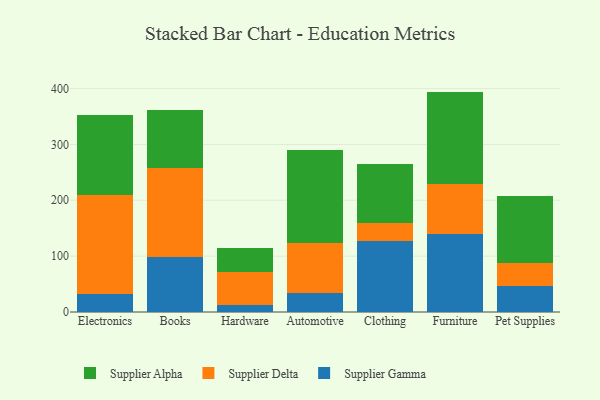
{"axis": {"x": "Category", "y": "Net Income (USD K)"}, "legend": ["Supplier Alpha", "Supplier Delta", "Supplier Gamma"], "data": [{"x": "Electronics", "y": 31.4, "type": "Supplier Gamma"}, {"x": "Electronics", "y": 178.0, "type": "Supplier Delta"}, {"x": "Electronics", "y": 142.6, "type": "Supplier Alpha"}, {"x": "Books", "y": 97.6, "type": "Supplier Gamma"}, {"x": "Books", "y": 159.7, "type": "Supplier Delta"}, {"x": "Books", "y": 104.3, "type": "Supplier Alpha"}, {"x": "Hardware", "y": 12.2, "type": "Supplier Gamma"}, {"x": "Hardware", "y": 58.6, "type": "Supplier Delta"}, {"x": "Hardware", "y": 43.6, "type": "Supplier Alpha"}, {"x": "Automotive", "y": 34.1, "type": "Supplier Gamma"}, {"x": "Automotive", "y": 88.9, "type": "Supplier Delta"}, {"x": "Automotive", "y": 167.1, "type": "Supplier Alpha"}, {"x": "Clothing", "y": 127.7, "type": "Supplier Gamma"}, {"x": "Clothing", "y": 30.8, "type": "Supplier Delta"}, {"x": "Clothing", "y": 105.7, "type": "Supplier Alpha"}, {"x": "Furniture", "y": 139.7, "type": "Supplier Gamma"}, {"x": "Furniture", "y": 90.1, "type": "Supplier Delta"}, {"x": "Furniture", "y": 164.8, "type": "Supplier Alpha"}, {"x": "Pet Supplies", "y": 46.5, "type": "Supplier Gamma"}, {"x": "Pet Supplies", "y": 40.9, "type": "Supplier Delta"}, {"x": "Pet Supplies", "y": 120.3, "type": "Supplier Alpha"}]}